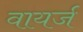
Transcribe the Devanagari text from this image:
वायर्ज